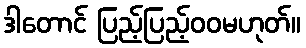
ဒါတောင် ပြည့်ပြည့်ဝဝမဟုတ်။